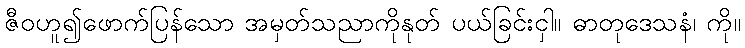
ဇီဝဟူ၍ဖောက်ပြန်သော အမှတ်သညာကိုနုတ် ပယ်ခြင်းငှါ။ ဓာတုဒေသနံ၊ ကို။